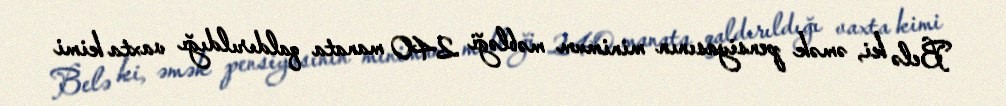
Belə ki, əmək pensiyasının minimum məbləği 240 manata qaldırıldığı vaxta kimi